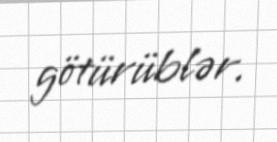
götürüblər.